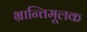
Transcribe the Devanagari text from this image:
भ्रान्तिमूलक